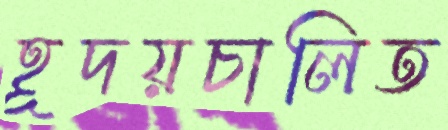
হূদয়চালিত